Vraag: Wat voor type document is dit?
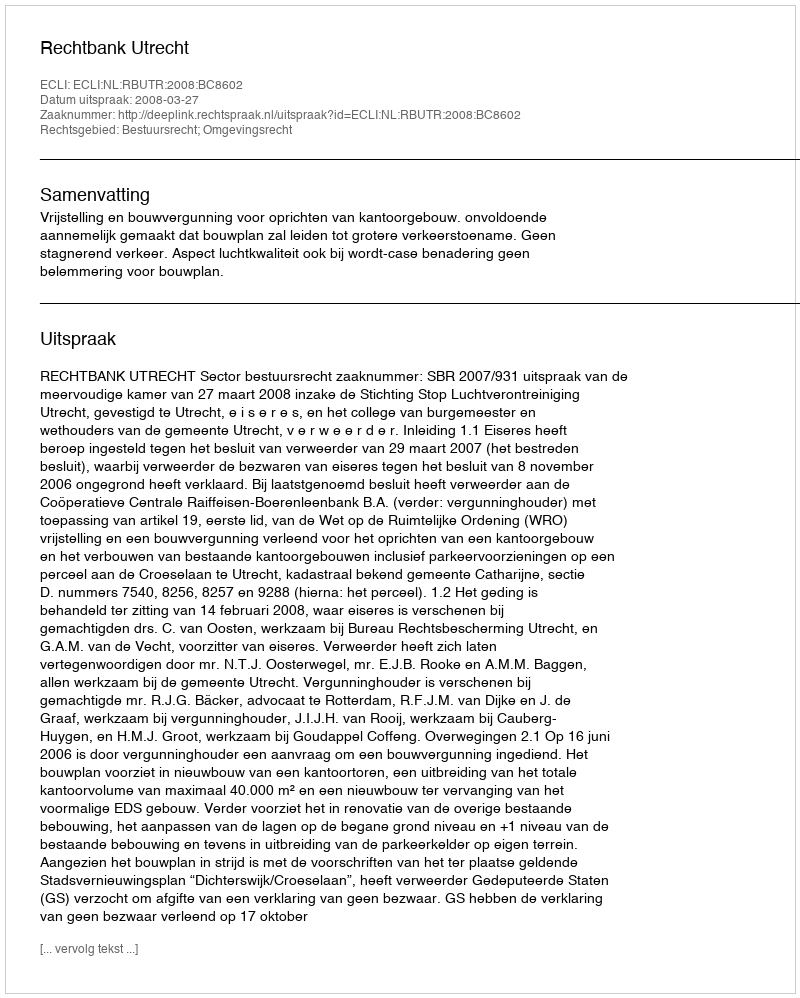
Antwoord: Uitspraak